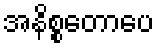
အနိစ္စတောပေ